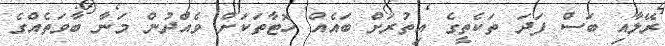
ރޭލާއި ބަސް ފަދަ ތަކެތީގެ އިތުރަށް ބައެއް ހޮޓާތަކަށް ވެއްދުން މަނާ ބާވަތެއްގެ